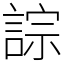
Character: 誴